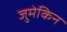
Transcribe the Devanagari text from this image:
जुमेकिन